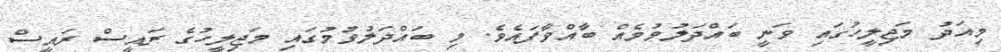
މިއަދު މަޖިލީހުގައި ވަނީ ބައްދަލުވުމެއް ބާއްވާފައެވެ. މި ބައްދަލުވުމުގައި މަޖިލީހުގެ ރައީސް ރައީސް